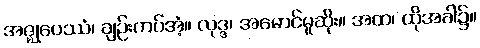
အဇ္ဈုပေဿံ၊ ချဉ်းကပ်အံ့။ လုဒ္ဒ၊ အမောင်မူဆိုး။ အထ၊ ထိုအခါ၌။